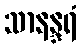
သာနန္ဒရံ